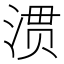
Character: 𭱀